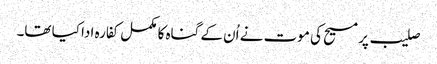
صلیب پر مسیح کی موت نے اُن کے گناہ کا مکمل کفارہ ادا کیا تھا۔